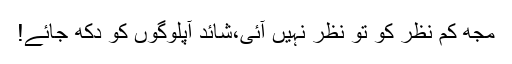
مجھ کم نظر کو تو نظر نہیں آئی،شائد آپلوگوں کو دکھ جائے!